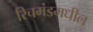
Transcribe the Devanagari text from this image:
रिचमंडमधील